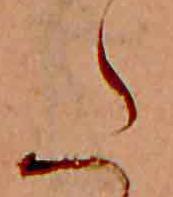
た